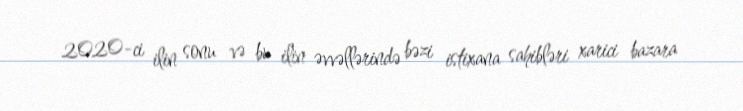
2020-ci ilin sonu və bu ilin əvvəllərində bəzi istixana sahibləri xarici bazara